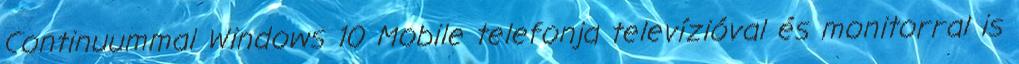
Continuummal Windows 10 Mobile telefonja televízióval és monitorral is